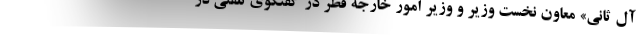
آل ثانی» معاون نخست وزیر و وزیر امور خارجه قطر در گفتگوی تلفنی در